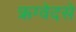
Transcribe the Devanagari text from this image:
ऋग्वेदसे